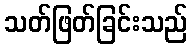
သတ်ဖြတ်ခြင်းသည်